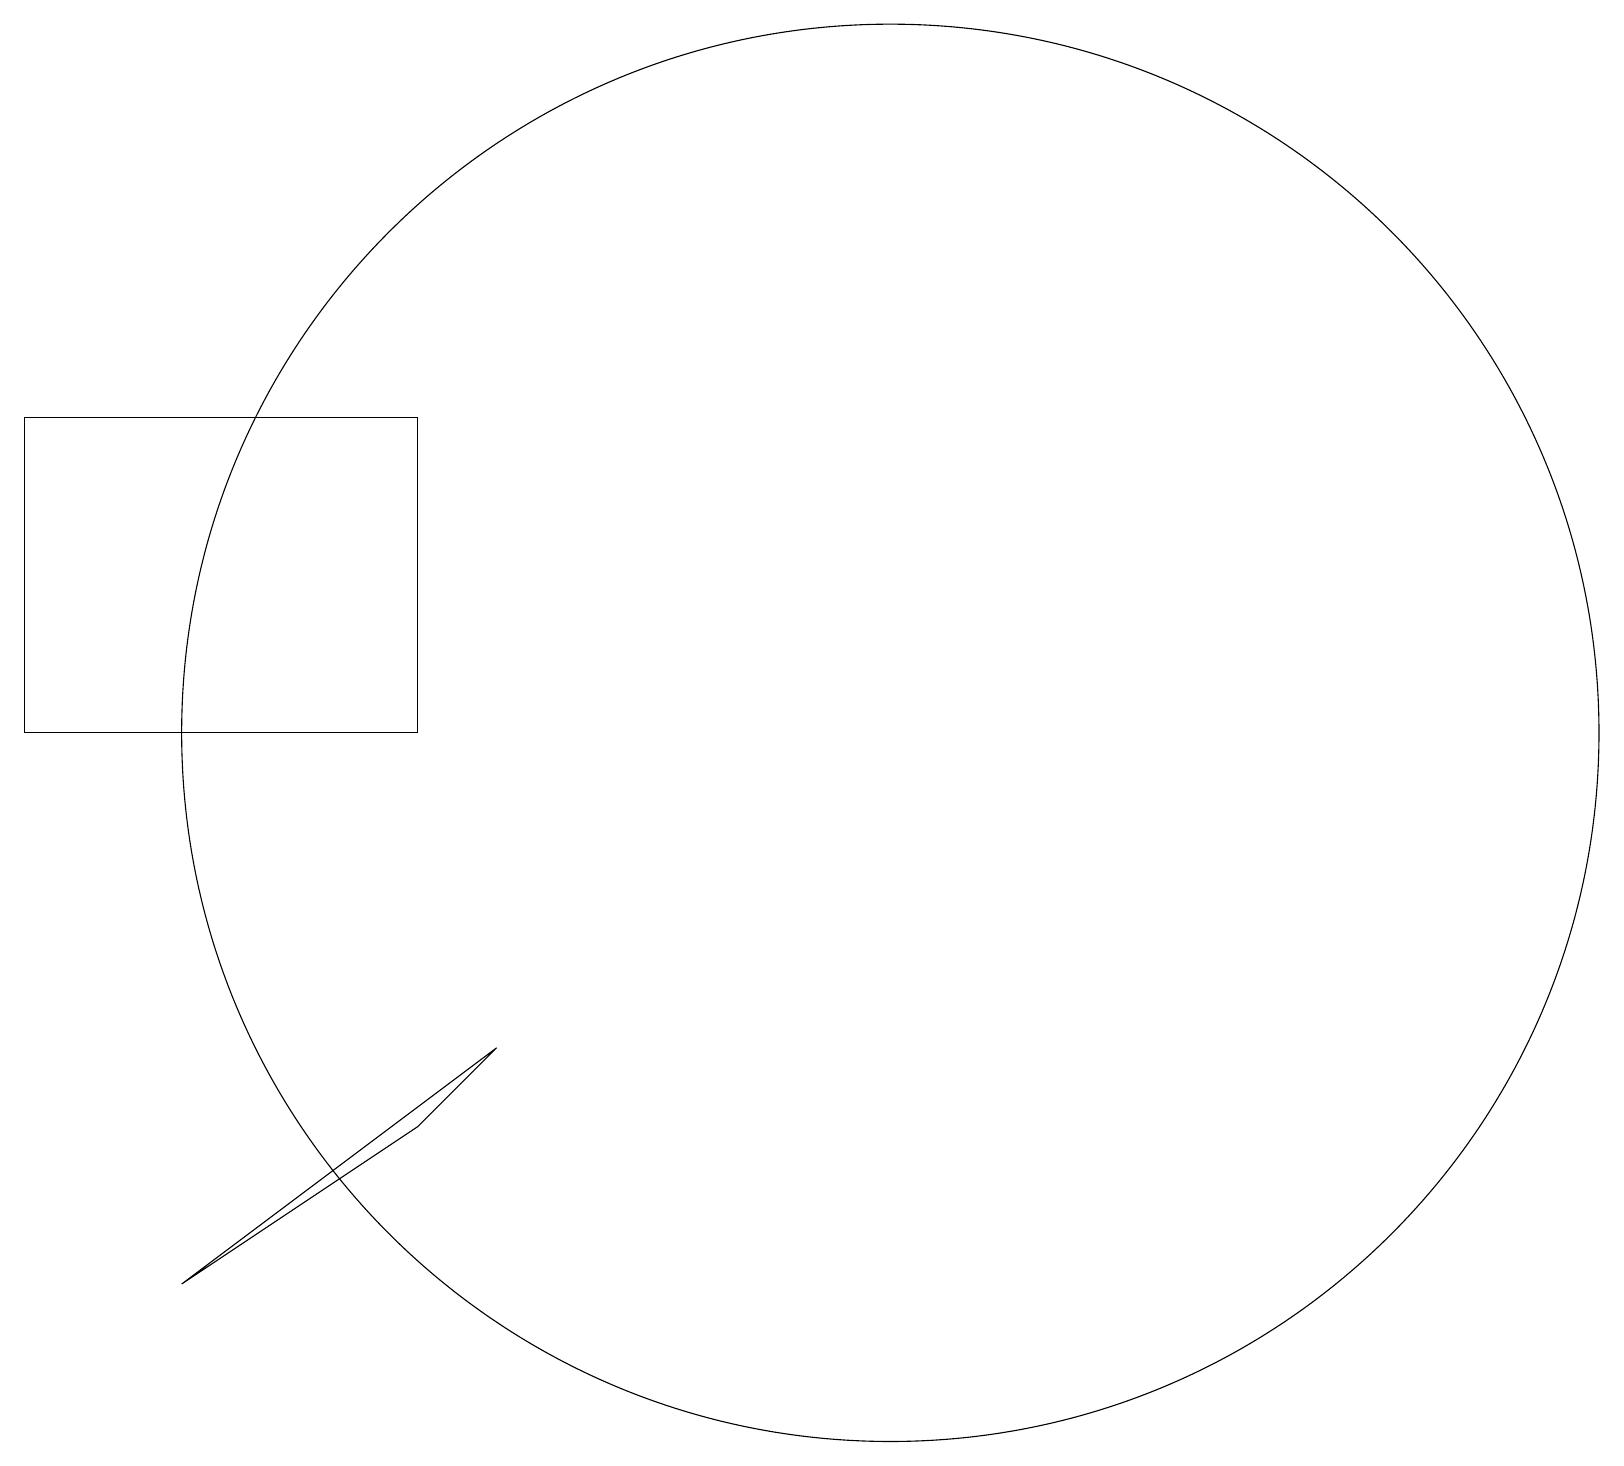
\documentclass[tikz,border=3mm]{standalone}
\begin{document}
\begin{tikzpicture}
\draw (12,11) circle (9);
\draw (1,11) rectangle (6,15);
\draw (3,4) -- (7,7) -- (6,6) -- cycle;
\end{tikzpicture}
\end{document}